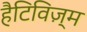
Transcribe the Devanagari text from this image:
हैटिविज़्म